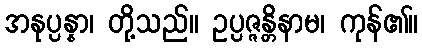
အနုပ္ပန္နာ၊ တို့သည်။ ဥပ္ပဇ္ဇန္တိနာမ၊ ကုန်၏။